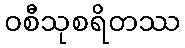
ဝစီသုစရိတဿ